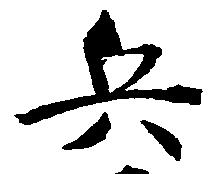
兵